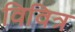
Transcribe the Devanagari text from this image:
विवित्र